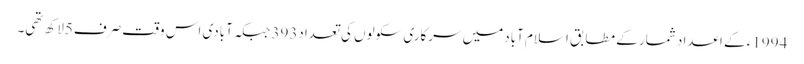
1994ء کے اعداد شمار کے مطابق اسلام آبادمیں سرکاری سکولوں کی تعداد393جبکہ آبادی اس وقت صرف5لاکھ تھی۔